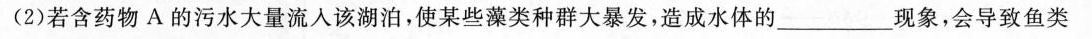
(2)若含药物A的污水大量流入该湖泊，使某些藻类种群大暴发，造成水体的_____现象，会导致鱼类